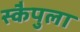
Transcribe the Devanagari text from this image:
स्कैपुला